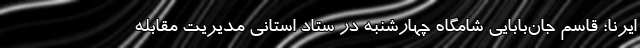
ایرنا؛ قاسم جان‌بابایی شامگاه چهارشنبه در ستاد استانی مدیریت مقابله